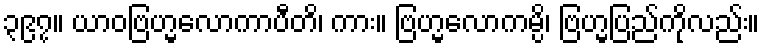
၃၉၇။ ယာဝဗြဟ္မလောကာပီတိ၊ ကား။ ဗြဟ္မလောကမ္ပိ၊ ဗြဟ္မပြည်ကိုလည်း။